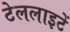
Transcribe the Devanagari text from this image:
टेललाइटें